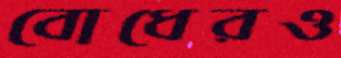
বোধেরও